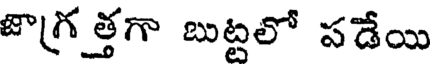
జాగ్రత్తగా బుట్టలో పడేయి